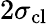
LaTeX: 2\sigma_{\textnormal{cl}}